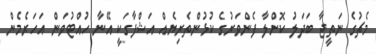
މެޗުގެ ނަތީޖާ ބަދަލު ކޮށްލާ ފެންވަރުގެ ކުޅުންތެރިޔެއް އަޝްފާގަކީ އޭނާ ހުއްޓުވަން އަހަރެމެން